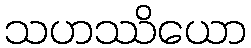
သဟဿိယော